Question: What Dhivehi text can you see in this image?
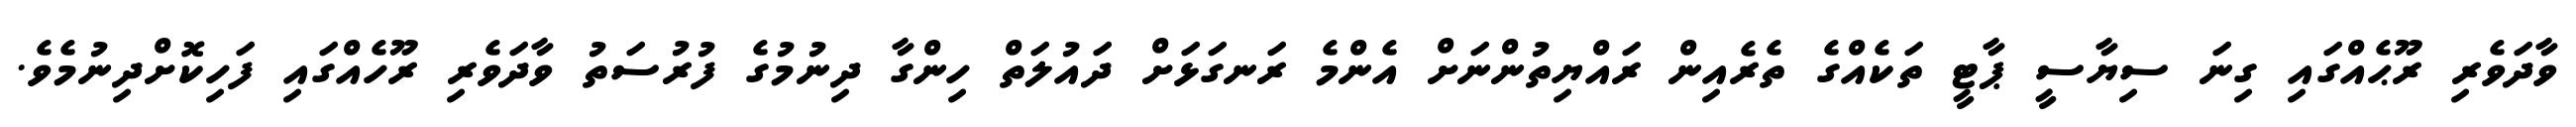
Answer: ވާދަވެރި ރޫޙެއްގައި ގިނަ ސިޔާސީ ޕާޓީ ތަކެއްގެ ތެރެއިން ރައްޔިތުންނަށް އެންމެ ރަނގަޅަށް ދައުލަތް ހިންގާ ދިނުމުގެ ފުރުސަތު ވާދަވެރި ރޫހެއްގައި ފަހިކޮށްދިނުމެވެ.